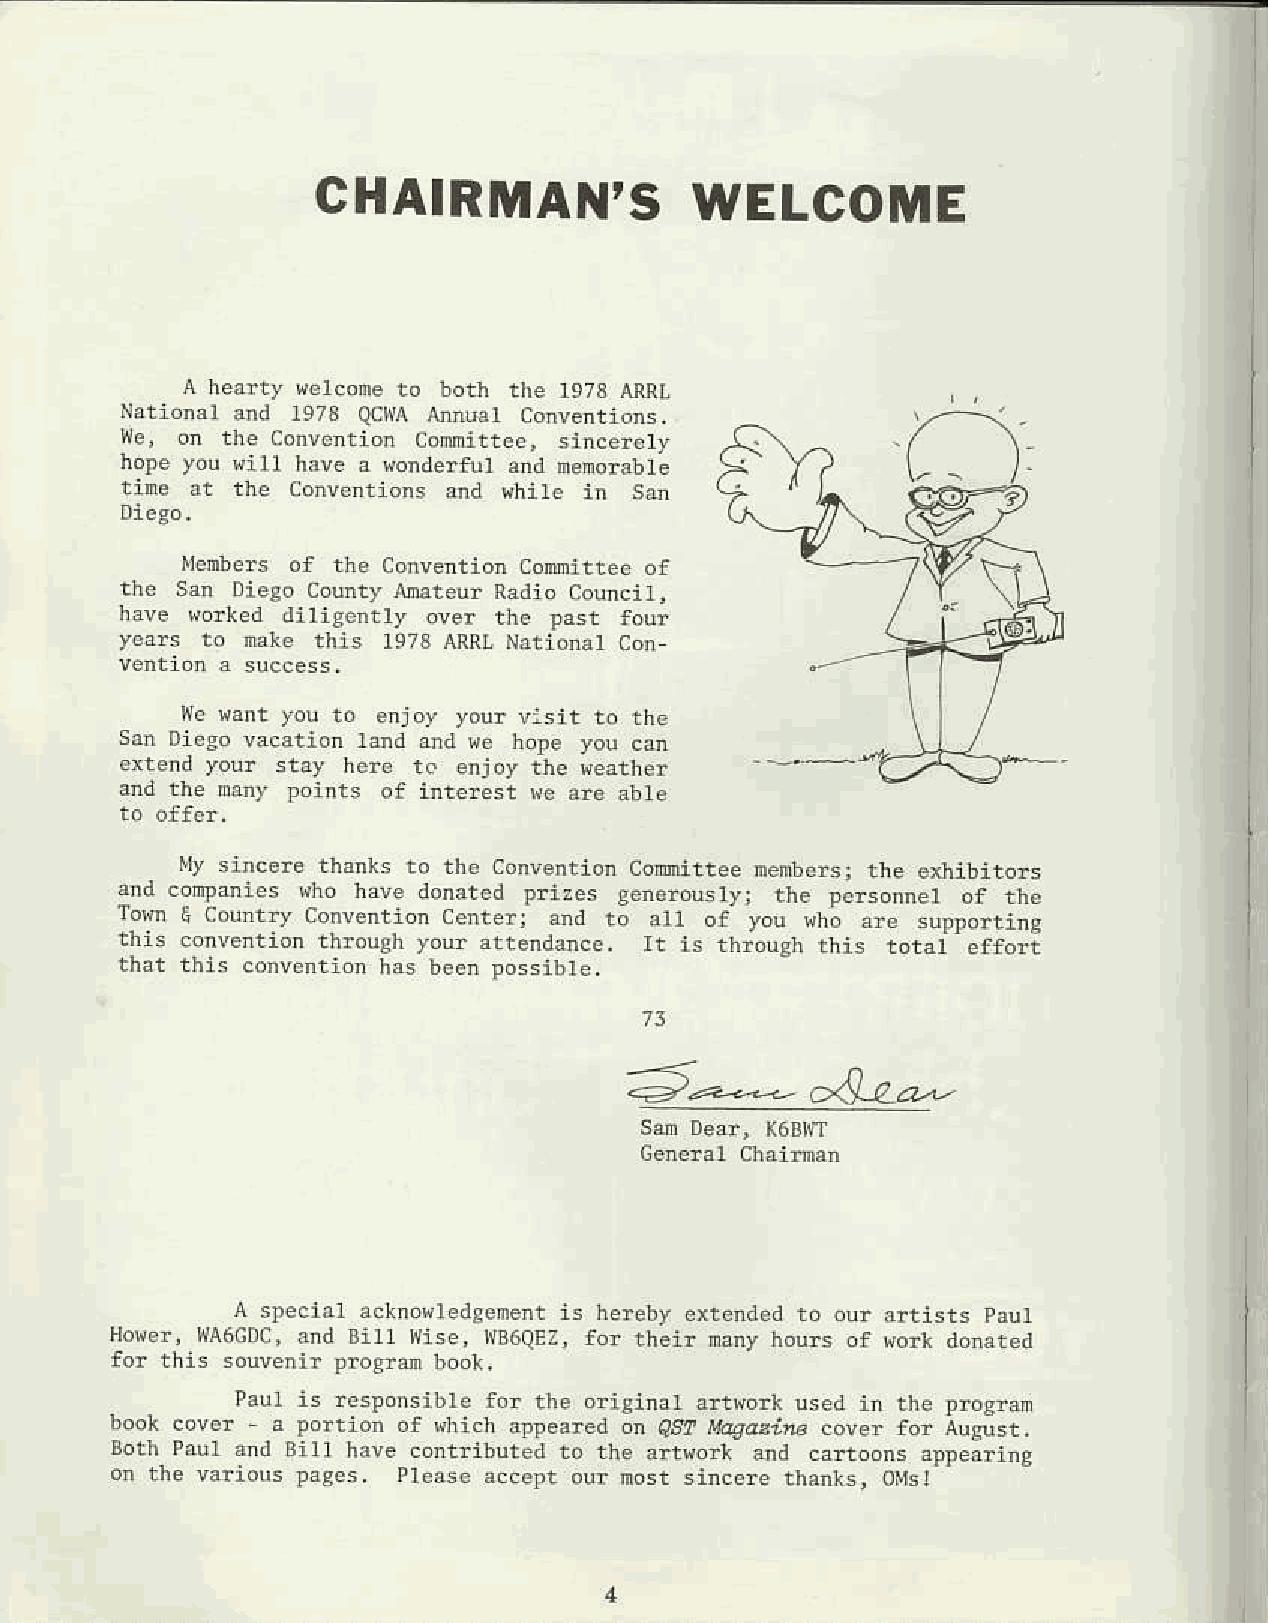
CHAIRMAN'SW                  ELCOME
 A nealty {ercone to both the 1973a xll
 National trd 1973 QCI{At iml Conve.tions.
 fie, on the conventior comittee, sincer€ly
 hope you rilt have a wondelfur and nenof,ljle
 tine at th€ Cmvdtions and {lrir€ in San
 Mehb€rs of rhe conventid co@itree of
 tbe san Diego cou.ty A@tdr Radio Council,
 have f,otked ditigentty ove! thd past fou!
 this 1973a RRLN erionar con
 re uant ylu to erjoy y@r visit to tbe
 san Diego vacstion rdd and ve trope you cd
 extend yod stay her€ to €njoy the veither
 dd th€ net loilts of interest xe aie abl€
 ity sincere tharks to the convention comittee nenners: rh€ ernibitoas
 rnd cobp4is lho |Ae donai.d priTes ganebuslv. thc pcr\onnet oI the
 'm  ! coulr? , onvcnl' on          ,   of you vho are supporting
 this convention through your artendance. rt is thlousn this totai_effor;
 that this conventior has been Dossibte,
 -a/.4+      c<'/Ar?^-
 a special acknorredgenent is heleby extsnddd to ou! alrists paur
 Hoser, WA6GDCa,n d Bill ise, [JB6QEZf,o r thelr mt hdrs of vod( donated
 fo! this souvenir Dlodd book.
 P.ul is re,ponsjbie ao- rhe originat afluorl used in the lrosr@
 Both Parl and Bill have contributed to ti€ alrwort ad caltoons app;ling
 d  the valious pages, Pleas€ accept ou! nost sincere thantG, OMs!